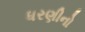
ધરણીનો